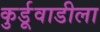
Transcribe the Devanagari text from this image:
कुर्डूवाडीला